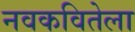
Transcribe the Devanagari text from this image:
नवकवितेला